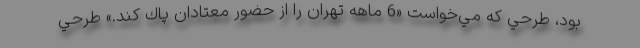
بود، طرحي كه مي‌خواست «6 ماهه تهران را از حضور معتادان پاك كند.» طرحي